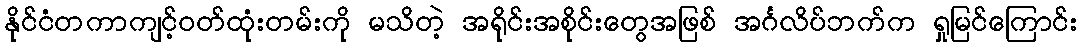
နိုင်ငံတကာကျင့်ဝတ်ထုံးတမ်းကို မသိတဲ့ အရိုင်းအစိုင်းတွေအဖြစ် အင်္ဂလိပ်ဘက်က ရှုမြင်ကြောင်း